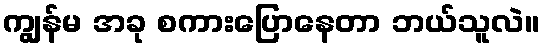
ကျွန်မ အခု စကားပြောနေတာ ဘယ်သူလဲ။